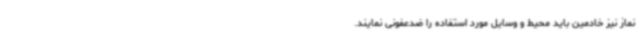
نماز نیز خادمین باید محیط و وسایل مورد استفاده را ضدعفونی نمایند.